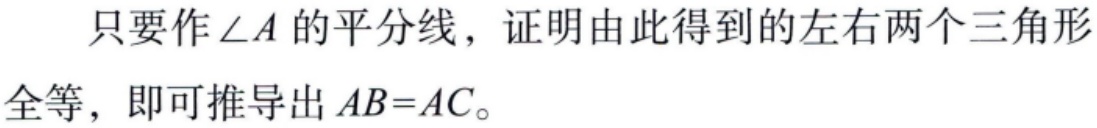
只要作\(\angle A\)的平分线，证明由此得到的左右两个三角形全等，即可推导出\(AB = AC\)。